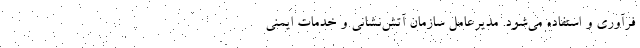
فرآوری و استفاده می‌شود. مدیرعامل سازمان آتش‌نشانی و خدمات ایمنی